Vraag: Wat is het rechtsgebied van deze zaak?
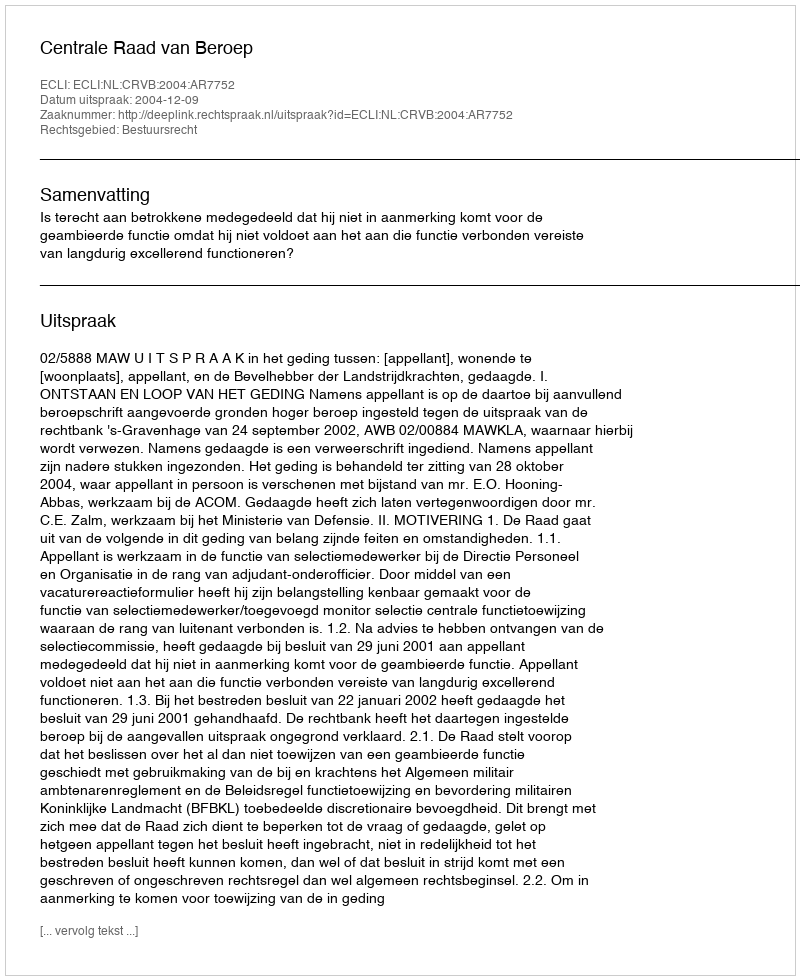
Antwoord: Bestuursrecht